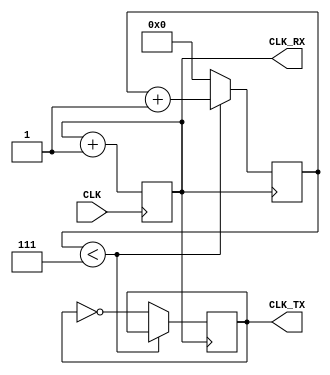
   //////////////////////////////////////////////////////////////////////////////////
//
// Wirtualny komponent syntezera DDFS dla portu szeregowego
//
// (C) 2009 Zbigniew Hajduk
// http://zh.prz-rzeszow.pl
//
// Ten kod rdowy moe podlega wolnej redystrybucji i/lub modyfikacjom 
// na oglnych zasadach okrelonych licencj GNU General Public License.
//
// Autor wyraa nadziej, e kod wirtualnego komponentu bdzie uyteczny
// jednak nie udziela ADNEJ GWARANCJI dotyczcej jego sprawnoci
// oraz przydatnoci dla partykularnych zastosowa.
//
////////////////////////////////////////////////////////////////////////////////// 


module SERIAL_CLOCK #(parameter K=1,N=1)
                     (input CLK,
                      output CLK_RX,CLK_TX);

reg [N-1:0] acc;
reg [3:0] cnt;
reg clk_1_16;

always @(posedge CLK) acc<=acc+K; //(1)
assign CLK_RX=acc[N-1];

always @(posedge CLK_RX) //(2)
 if(cnt<4'd7) cnt<=cnt+1;
 else
 begin cnt<=0; clk_1_16<=~clk_1_16; end
 
assign CLK_TX=clk_1_16;

endmodule